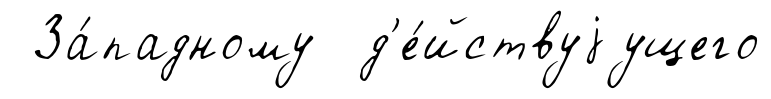
За́падному д'е́йствуjущего